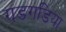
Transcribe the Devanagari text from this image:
गडगडिया